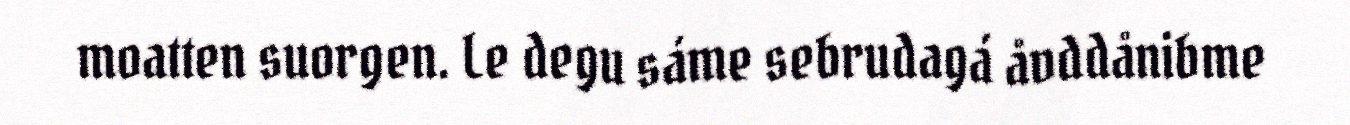
moatten suorgen. Le degu sáme sebrudagá åvddånibme